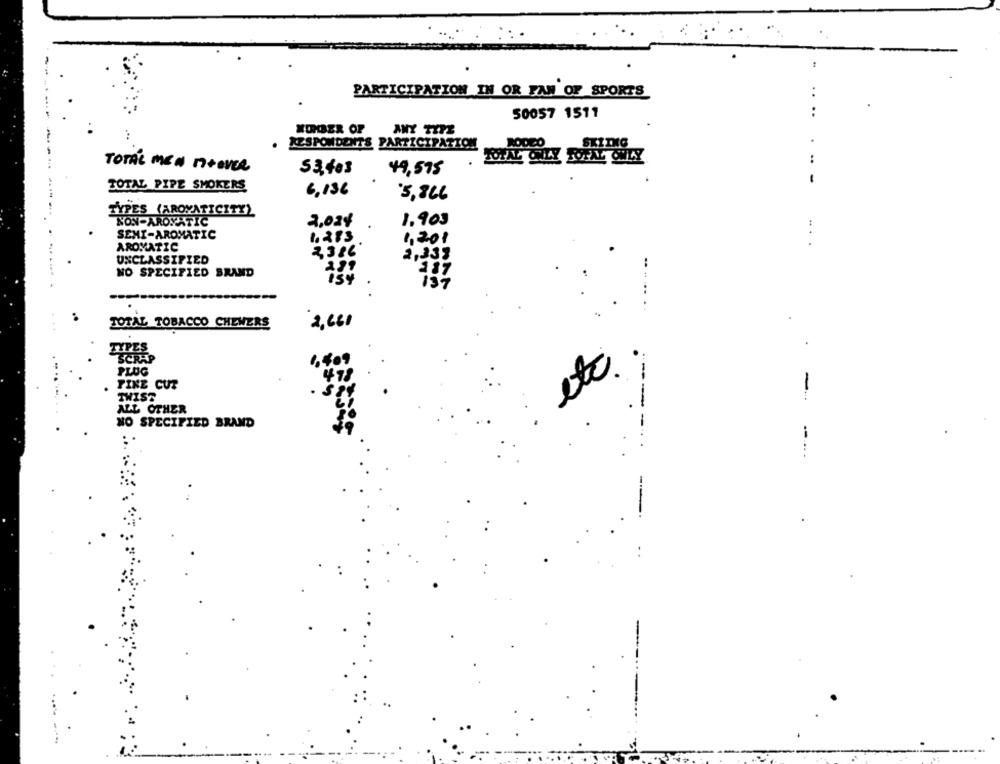
PARTICIPATION IN OR FAN OF SPORTS
50057 1511
..
NOMBER OF
ANY TYPE
RESPONDENTS PARTICIPATION
RODEO
..
TOTAL MEN ntOVER
53, 403
49,595
TOTAL PIPE SMOKERS
6,136
5,866
TYPES (AROMATICITY)
NON-AROMATIC
2,03%
1.903
.. .
SEMI-AROMATIC
1.283
1,201
.
AROMATIC
2386
UNCLASSIFIED
2,333
NO SPECIFIED BRAND
187
137
.
TOTAL TOBACCO CHEWERS
2,660
TYPES
SCRAP
PLUG
etc.
FINE CUT
TWIST
-
---
ALL OTHER
NO SPECIFIED BRAND
-